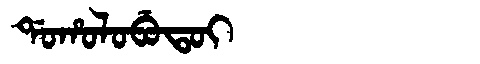
Manchu: ᡩᠣᡥᠣᠯᠣᠪᡠᡨᠣᡳ
Romanization: DOHOLOBUTOI